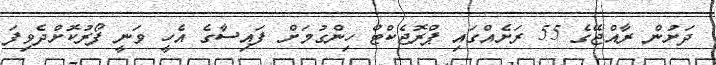
ދަށުން ރާއްޖޭގެ 55 ރަށެއްގައި ޕްރޮޖެކްޓް ހިންގުމަށް ފައިސާގެ އެހީ ވަނީ ފޯރުކޮށްދެވިފަ